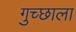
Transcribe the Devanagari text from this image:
गुच्छाला